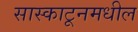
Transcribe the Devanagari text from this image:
सास्काटूनमधील